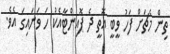
ތިން މެޗަށް ފަހު ވީބީ އޮތީ ދެ ޕޮއިންޓާއެކު ހަ ވަނައިގަ އެވެ.